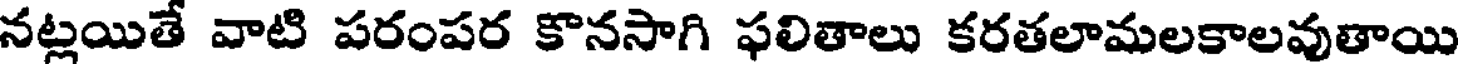
నట్లయితే వాటి పరంపర కొనసాగి ఫలితాలు కరతలామలకాలవుతాయి